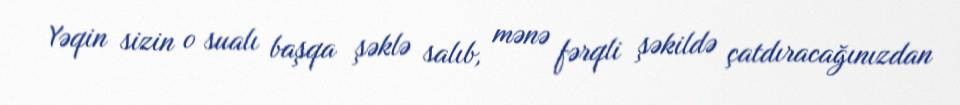
Yəqin sizin o sualı başqa şəklə salıb, mənə fərqli şəkildə çatdıracağınızdan